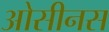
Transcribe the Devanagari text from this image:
ओसीनस